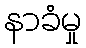
နာခံမှု